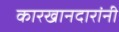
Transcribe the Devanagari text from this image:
कारखानदारांनी